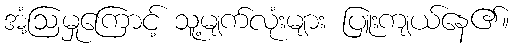
အံ့ဩမှုကြောင့် သူ့မျက်လုံးများ ပြူးကျယ်နေ၏။